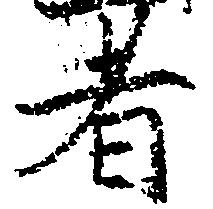
者